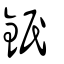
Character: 鈱